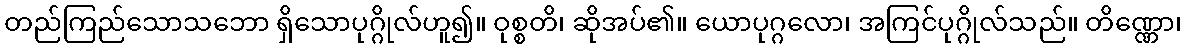
တည်ကြည်သောသဘော ရှိသောပုဂ္ဂိုလ်ဟူ၍။ ဝုစ္စတိ၊ ဆိုအပ်၏။ ယောပုဂ္ဂလော၊ အကြင်ပုဂ္ဂိုလ်သည်။ တိဏ္ဏော၊